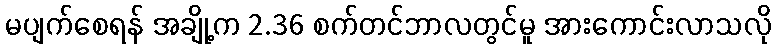
မပျက်စေရန် အချို့က 2.36 စက်တင်ဘာလတွင်မူ အားကောင်းလာသလို